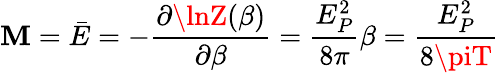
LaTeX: \mathbf{M}=\bar{{E}}=-{\frac{{\partial\lnZ(\beta)}}{{\partial\beta}}}={\frac{{E_{P}^{2}}}{{8\pi}}}\beta={\frac{{E_{P}^{2}}}{{8\piT}}}